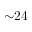
{ \sim } 2 4